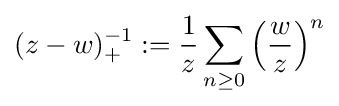
(z-w)_{+}^{-1}:={\frac {1}{z}}\sum _{n\geq 0}\left({\frac {w}{z}}\right)^{n}